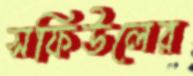
সফিউলের